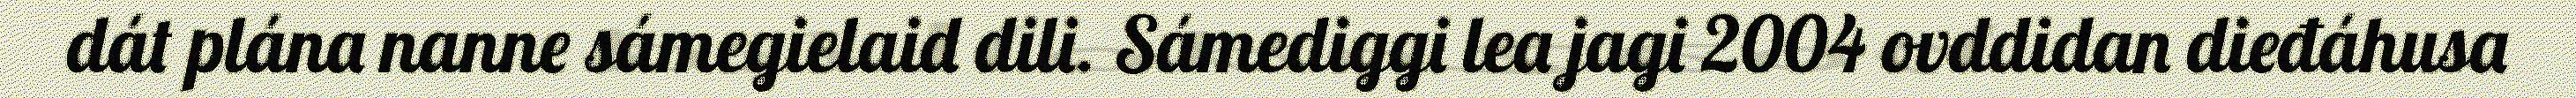
dát plána nanne sámegielaid dili. Sámediggi lea jagi 2004 ovddidan dieđáhusa